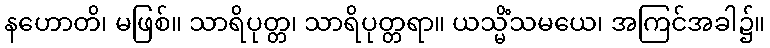
နဟောတိ၊ မဖြစ်။ သာရိပုတ္တ၊ သာရိပုတ္တရာ။ ယသ္မိံသမယေ၊ အကြင်အခါ၌။